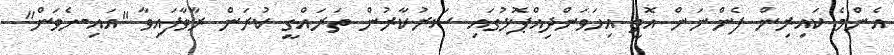
އެންމެ ކައިރިން ފެންނަން އޮތީ އިހަވަންދިއްޕޮޅުގައި ސަރުކާރުން ތަރައްގީ ކުރަން ރާވާފައިވާ "އައި-ހެވަން"